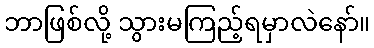
ဘာဖြစ်လို့ သွားမကြည့်ရမှာလဲနော်။